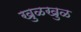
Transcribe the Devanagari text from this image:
खुळखुळ